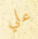
علي